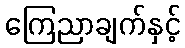
ကြေညာချက်နှင့်